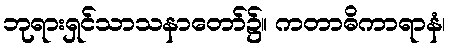
ဘုရားရှင်သာသနာတော်၌။ ကတာဓိကာရာနံ၊